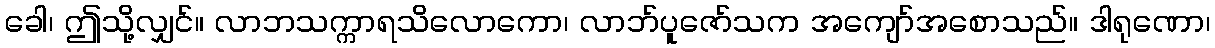
ခေါ၊ ဤသို့လျှင်။ လာဘသက္ကာရသိလောကော၊ လာဘ်ပူဇော်သက အကျော်အစောသည်။ ဒါရုဏော၊